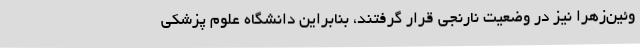
وئین‌زهرا نیز در وضعیت نارنجی قرار گرفتند، بنابراین دانشگاه علوم پزشکی